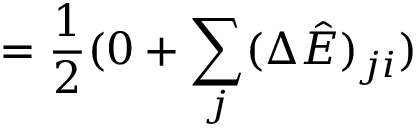
= \frac { 1 } { 2 } ( 0 + \sum _ { j } ( \Delta \hat { E } ) _ { j i } )